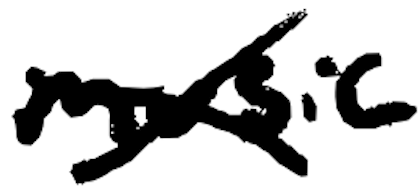
Text: music
Cross-out: cross
Writing tool: digital_black